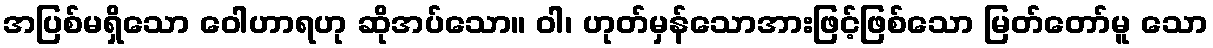
အပြစ်မရှိသော ဝေါဟာရဟု ဆိုအပ်သော။ ဝါ၊ ဟုတ်မှန်သောအားဖြင့်ဖြစ်သော မြတ်တော်မူ သော